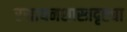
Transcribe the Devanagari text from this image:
रसायनशास्त्रदृष्ट्या